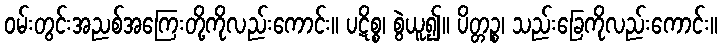
ဝမ်းတွင်းအညစ်အကြေးတို့ကိုလည်းကောင်း။ ပဋိစ္စ၊ စွဲယူ၍။ ပိတ္တဉ္စ၊ သည်းခြေကိုလည်းကောင်း။